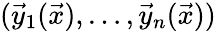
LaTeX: (\vec{y}_{1}(\vec{x}),\dots,\vec{y}_{n}(\vec{x}))